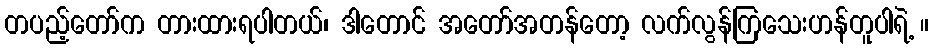
တပည့်တော်က တားထားရပါတယ်၊ ဒါတောင် အတော်အတန်တော့ လက်လွန်ကြသေးဟန်တူပါရဲ့ ။